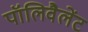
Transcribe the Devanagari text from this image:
पॉलिवैलेंट